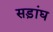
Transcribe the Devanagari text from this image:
सड़ांघ